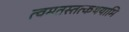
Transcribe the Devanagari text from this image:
त्वमतस्तत्कथयामि